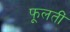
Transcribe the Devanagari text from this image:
फूलतीं